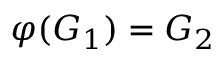
\varphi ( G _ { 1 } ) = G _ { 2 }